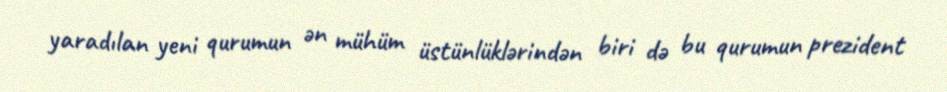
yaradılan yeni qurumun ən mühüm üstünlüklərindən biri də bu qurumun prezident